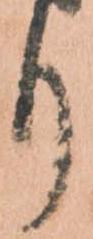
り